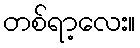
တစ်ရာ့လေး။